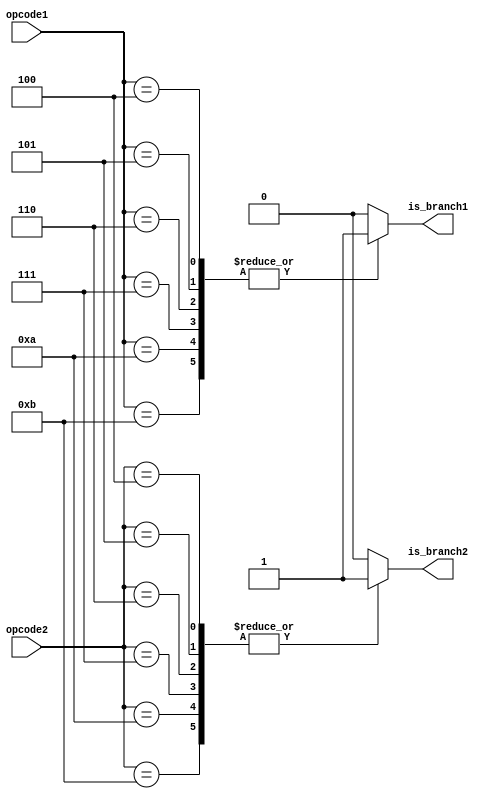
module brach_detector(
    input [5:0] opcode1, opcode2,
    output reg is_branch1, is_branch2
);

	localparam BEQ   = 6'b000100;
	localparam BNE   = 6'b000101;
	localparam BLT   = 6'b000110;  // New opcode for BLT
	localparam BGE   = 6'b000111;  // New opcode for BGE
	localparam BLE   = 6'b001010;  // New opcode for BLE
	localparam BGT   = 6'b001011;  // New opcode for BGT


	always @(*) begin

		 case (opcode1)
		 
			  BEQ, BNE, BLT, BGE, BLE, BGT: is_branch1 = 1'b1;
			  
			  default: is_branch1 = 1'b0;
			  
		 endcase    
		 
		 case (opcode2)
		 
			  BEQ, BNE, BLT, BGE, BLE, BGT: is_branch2 = 1'b1;
			  
			  default: is_branch2 = 1'b0;
			  
		 endcase
		 
	end

endmodule